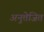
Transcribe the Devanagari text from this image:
अनुत्तेजित